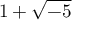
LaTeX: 1 + { \sqrt { - 5 } }